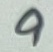
Text: 9